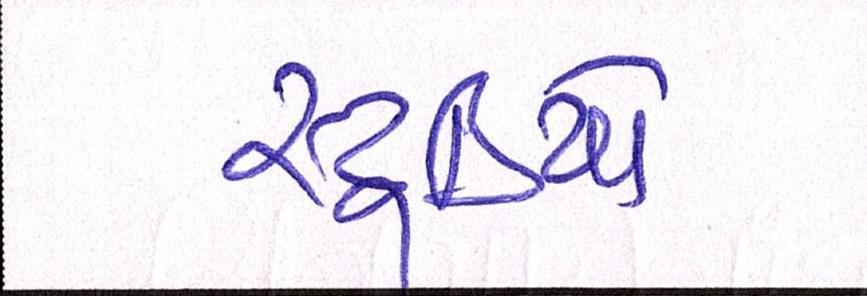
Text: સ્ટુડિયો